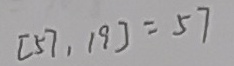
[ 5 7 , 1 9 ] = 5 7